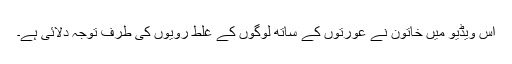
اس ویڈیو میں خاتون نے عورتوں کے ساتھ لوگوں کے غلط رویوں کی طرف توجہ دلائی ہے۔